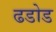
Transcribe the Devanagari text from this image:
ढडोड